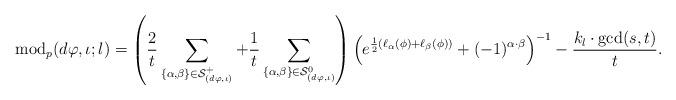
LaTeX: \begin{align*}\mathrm{mod}_p(d\varphi,\iota;l)=\left(\frac{2}{t}\sum_{\{\alpha,\beta\}\in\mathcal{S}^+_{(d\varphi,\iota)}}+\frac{1}{t}\sum_{\{\alpha,\beta\}\in\mathcal{S}^0_{(d\varphi,\iota)}}\right)\left(e^{\frac{1}{2}(\ell_{\alpha}(\phi)+\ell_{\beta}(\phi))}+(-1)^{\alpha\cdot\beta}\right)^{-1}- \frac{k_l\cdot\mathrm{gcd}(s,t)}{t}.\end{align*}